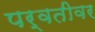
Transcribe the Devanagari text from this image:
पर्वतीवर